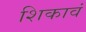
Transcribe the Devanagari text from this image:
शिकावं